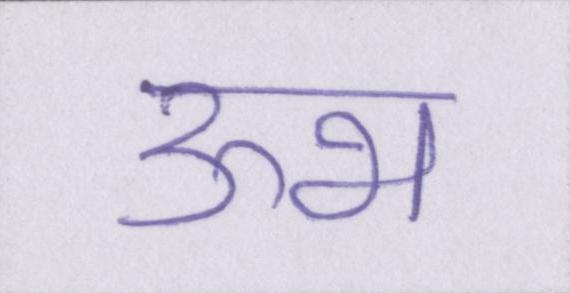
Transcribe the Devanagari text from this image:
ऊभ